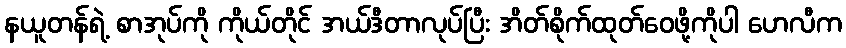
နယူတန်ရဲ့ စာအုပ်ကို ကိုယ်တိုင် အယ်ဒီတာလုပ်ပြီး အိတ်စိုက်ထုတ်ဝေဖို့ကိုပါ ဟေလီက